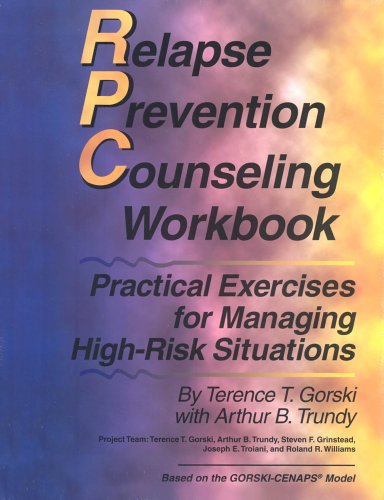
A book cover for Relapse Prevention Counseling Workbook: Practical Exercises for Managing High-Risk Situations; Terence T. Gorski; Health, Fitness & Dieting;